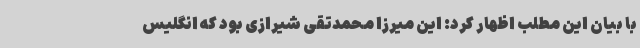
با بیان این مطلب اظهار کرد: این میرزا محمدتقی شیرازی بود که انگلیس